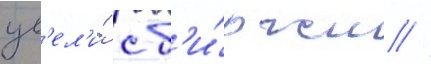
ув'ел'и́ с б'и́ржи //